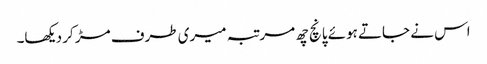
اس نے جاتے ہوئے پانچ چھ مرتبہ میری طرف مڑ کر دیکھا۔